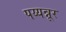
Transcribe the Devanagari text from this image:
पय्यन्नूर